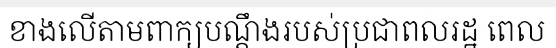
ខាងលើតាមពាក្យបណ្តឹងរបស់ប្រជាពលរដ្ឋ ពេល